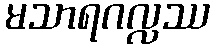
မသာရဂလ္လဿ